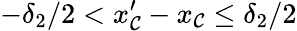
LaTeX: -\delta_{2}/2<x_{\mathcal{C}}^{\prime}-x_{\mathcal{C}}\leq\delta_{2}/2